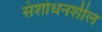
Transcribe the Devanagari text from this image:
संशोधनशील